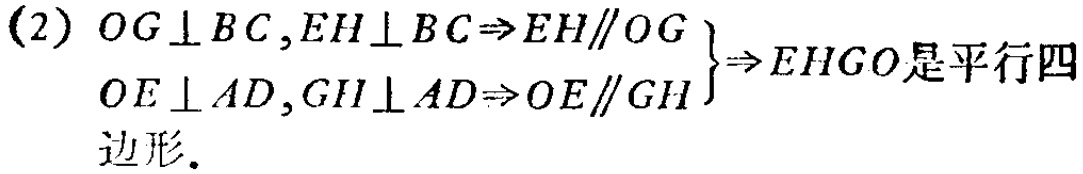
(2) \(OG\perp BC,EH\perp BC\Rightarrow EH\parallel OG\\
OE\perp AD,GH\perp AD\Rightarrow OE\parallel GH\\
\left.\begin{array}{l}
\end{array}\right\}\Rightarrow EHGO\text{是平行四}\\
边形.\)